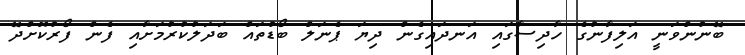
ބޭނުންވަނީ އަލިފާނުގެ ހާދިސާގައި އަނދައިގެން ދިޔަ ޕެނަލް ބޯޑުތައް ބަދަލުކުރުމަށާއި ފެން ފޯރުކޮށްދޭ